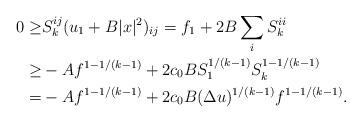
LaTeX: \begin{align*}\begin{aligned}0 \geq & S^{ij}_k (u_1 + B |x|^2)_{ij} = f_1 + 2 B \sum_i S^{ii}_k\\ \geq & - A f^{1 - 1/(k-1)} + 2 c_0 B S_1^{1/(k-1)} S_k^{1 - 1/(k-1)}\\ = & - A f^{1 - 1/(k-1)} + 2 c_0 B (\Delta u)^{1/(k-1)} f^{1 - 1/(k-1)}.\end{aligned}\end{align*}